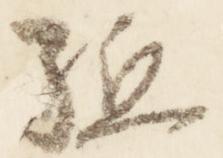
駈